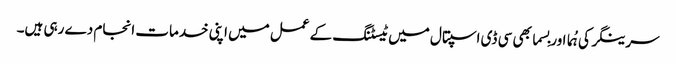
سرینگر کی ہُما اور بِسما بھی سی ڈی اسپتال میں ٹیسٹنگ کے عمل میں اپنی خدمات انجام دے رہی ہیں۔